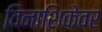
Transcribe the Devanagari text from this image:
विनाशिकेवर